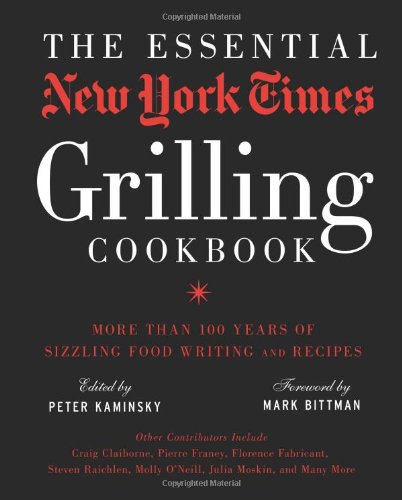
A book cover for The Essential New York Times Grilling Cookbook: More Than 100 Years of Sizzling Food Writing and Recipes; Cookbooks, Food & Wine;